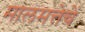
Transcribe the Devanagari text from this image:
मालमत्तेचें